King Institute of Preventive Medicine Bacteriolog. Section reports 1907-08
Year: 1907
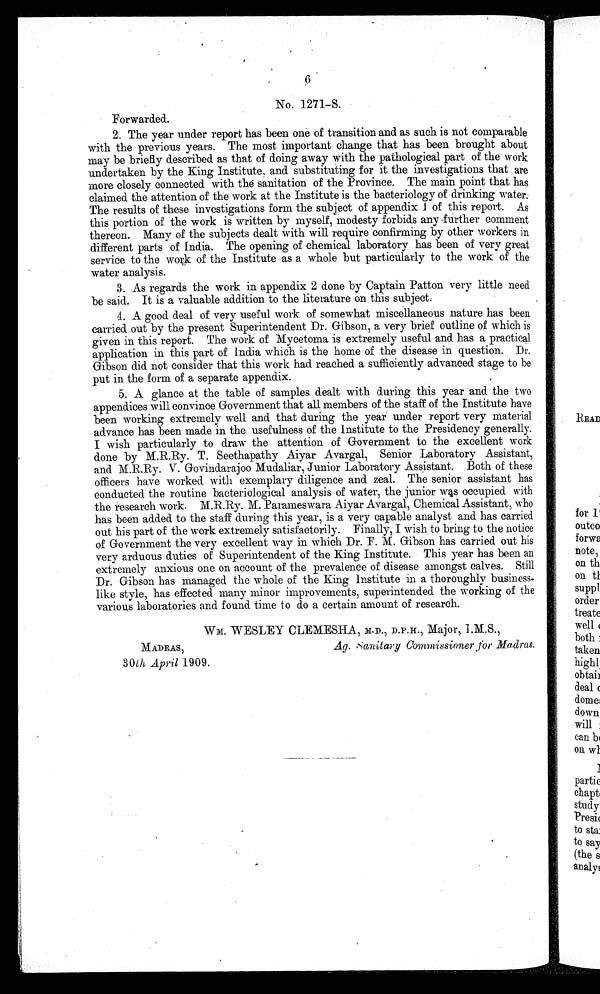
6
No. 1271–S.
Forwarded.
2. The year under report has been one of transition and as such is not comparable
with the previous years. The most important change that has been brought about
may be briefly described as that of doing away with the pathological part of the work
undertaken by the King Institute, and substituting for it the investigations that .are
more closely connected with the sanitation of the Province. The main point that has
claimed the attention of the work at the Institute is the bacteriology of drinking water.
The results of these investigations form the subject of appendix of this report. As
this portion of the work is written by myself, modesty forbids any further comment
thereon. Many of the subjects dealt with will require confirming by other workers in
different parts of India. The opening of chemical laboratory has been of very great
service to the work of the Institute as a whole but particularly to the work of the
water analysis.
3. . As regards the work in appendix 2 done by Captain Patton very little need
be said. It is a valuable addition to the literature on this subject:
4. A good deal of very useful work of somewhat miscellaneous nature has been
carried out by the present Superintendent Dr. Gibson, a very brief outline of which is
given in this report. The work of Mycetoma is extremely useful and has a practical
application in this part of India which is the home of the disease in question. Dr.
Gibson did not consider that this work had reached a sufficiently advanced stage to be
put in the form of a separate appendix.
5. A glance at the table of samples dealt with during this year and the two
appendices will convince Government that all members of the staff of the Institute have
been working extremely well and that during the year under report very material
advance has been made in the usefulness of the Institute to the Presidency generally.
I wish particularly to draw the attention of Government to the excellent work
done by M.R.Ry. T. Seethapathy Aiyar Avargal, Senior Laboratory Assistant,
and M.R.Ry. V. Govindarajoo Mudaliar, Junior Laboratory Assistant. Both of these
officers have worked with exemplary diligence and zeal. The senior assistant has
conducted the routine bacteriological analysis of water, the junior was occupied with
the research work. M.R.Ry. M. Parameswara Aiyar Avargal, Chemical Assistant, who
has been added to the staff during this year, is a very capable analyst and has carried
out his part of the work extremely satisfactorily. Finally, I wish to bring to the notice
of Government the very excellent way in which Dr. F. M. Gibson has carried out his
very arduous duties of Superintendent of the King Institute. This year has been an
extremely anxious one on account of the prevalence of disease amongst calves. Still
Dr. Gibson has managed the whole of the King Institute in a thoroughl y business-
like style, has effected many minor improvements, superintended the working of the
various laboratories and found time to do a certain amount of research.
Wm WESLEY CLEMESHA, M.D., D.P.H., Major, I.M.S.,
MADRAS,
Ag.
Commissioner for Madras.
30th April 1909.